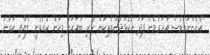
"އެހެންނަމަވެސް އަހަރުމެން ފަދަ ނުކުޅަދުންތެރިކަން ހުރި ބަޔަކަށް މިކަން ކުރެވެނީ ލެޔާއި ކަރުނަ